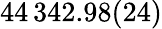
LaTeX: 44\, 342.98(24)